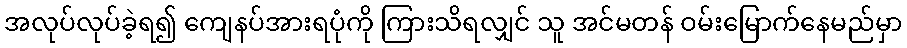
အလုပ်လုပ်ခဲ့ရ၍ ကျေနပ်အားရပုံကို ကြားသိရလျှင် သူ အင်မတန် ဝမ်းမြောက်နေမည်မှာ